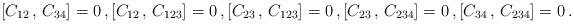
LaTeX: \begin{align*}[C_{12}\,,\,C_{34}]=0\,,[C_{12}\,,\,C_{123}]=0\,,[C_{23}\,,\,C_{123}]=0\,,[C_{23}\,,\,C_{234}]=0\,,[C_{34}\,,\,C_{234}]=0\,.\end{align*}